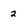
Character: 2